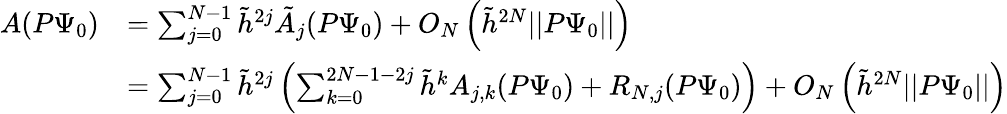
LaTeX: \begin{array}{rl}{A(P\Psi_{0})}&{=\sum_{j=0}^{N-1}\tilde{h}^{2j}\tilde{A}_{j}(P\Psi_{0})+O_{N}\left(\tilde{h}^{2N}||P\Psi_{0}||\right)}\\ &{=\sum_{j=0}^{N-1}\tilde{h}^{2j}\left(\sum_{k=0}^{2N-1-2j}\tilde{h}^{k}A_{j,k}(P\Psi_{0})+R_{N,j}(P\Psi_{0})\right)+O_{N}\left(\tilde{h}^{2N}||P\Psi_{0}||\right)}\end{array}